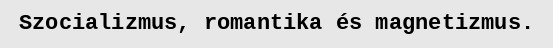
Szocializmus, romantika és magnetizmus.